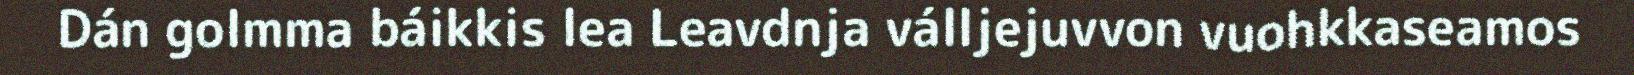
Dán golmma báikkis lea Leavdnja válljejuvvon vuohkkaseamos